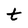
Character: t